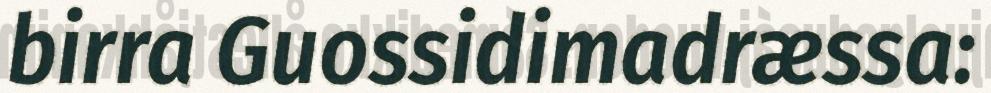
birra Guossidimadræssa: